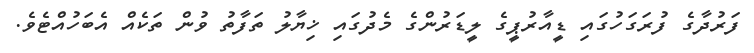
ފަރުދާގެ ފުރަގަހުގައި ޑީއާރުޕީގެ ލީޑަރުންގެ މެދުގައި ޚިޔާލު ތަފާތު ވުން ތަކެއް އެބަހުއްޓެވެ.